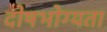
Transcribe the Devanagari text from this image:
दोषभोग्यता